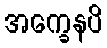
အက္ခေနပိ